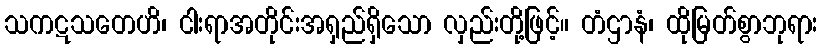
သကဋသတေဟိ၊ ငါးရာအတိုင်းအရှည်ရှိသော လှည်းတို့ဖြင့်။ တံဌာနံ၊ ထိုမြတ်စွာဘုရား